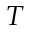
T